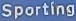
Sporting